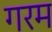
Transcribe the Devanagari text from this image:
गरम